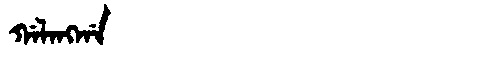
Manchu: ᡤᠠᠯᠠᠩᡤᠠ
Romanization: GALANGGA